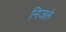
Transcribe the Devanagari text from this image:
निजले